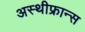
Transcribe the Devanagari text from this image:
अस्थीफ्रान्स